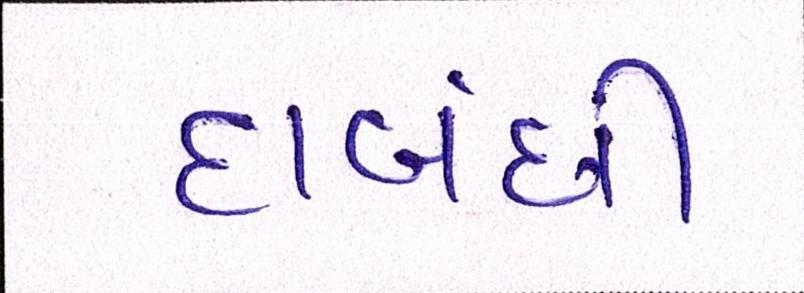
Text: દાબંધી